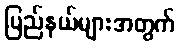
ပြည်နယ်များအတွက်